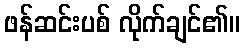
ဖန်ဆင်းပစ် လိုက်ချင်၏။